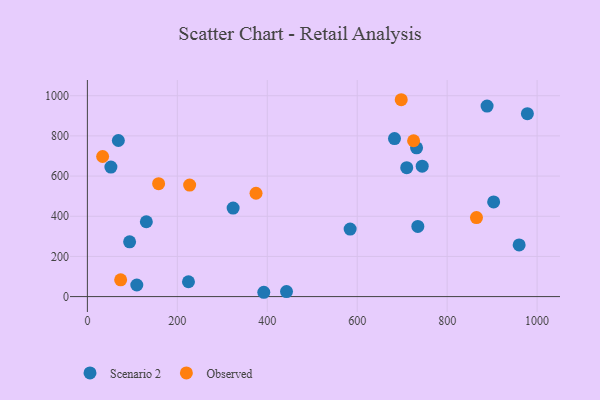
{"axis": {"x": "Speed", "y": "Profit"}, "legend": ["Observed", "Scenario 2"], "data": [{"x": "324.1", "y": 440.5, "type": "Scenario 2"}, {"x": "732.0", "y": 740.4, "type": "Scenario 2"}, {"x": "978.4", "y": 910.5, "type": "Scenario 2"}, {"x": "744.5", "y": 649.2, "type": "Scenario 2"}, {"x": "682.9", "y": 786.5, "type": "Scenario 2"}, {"x": "224.8", "y": 73.9, "type": "Scenario 2"}, {"x": "903.4", "y": 471.4, "type": "Scenario 2"}, {"x": "442.8", "y": 25.0, "type": "Scenario 2"}, {"x": "960.1", "y": 257.0, "type": "Scenario 2"}, {"x": "68.9", "y": 777.2, "type": "Scenario 2"}, {"x": "710.1", "y": 642.0, "type": "Scenario 2"}, {"x": "888.8", "y": 948.3, "type": "Scenario 2"}, {"x": "93.9", "y": 272.5, "type": "Scenario 2"}, {"x": "52.3", "y": 644.8, "type": "Scenario 2"}, {"x": "392.3", "y": 21.5, "type": "Scenario 2"}, {"x": "131.1", "y": 372.6, "type": "Scenario 2"}, {"x": "109.9", "y": 57.8, "type": "Scenario 2"}, {"x": "734.8", "y": 349.5, "type": "Scenario 2"}, {"x": "584.3", "y": 335.9, "type": "Scenario 2"}, {"x": "74.0", "y": 83.6, "type": "Observed"}, {"x": "375.0", "y": 514.5, "type": "Observed"}, {"x": "227.4", "y": 555.2, "type": "Observed"}, {"x": "33.9", "y": 697.4, "type": "Observed"}, {"x": "865.2", "y": 393.2, "type": "Observed"}, {"x": "158.4", "y": 562.2, "type": "Observed"}, {"x": "697.9", "y": 980.1, "type": "Observed"}, {"x": "725.4", "y": 775.9, "type": "Observed"}]}